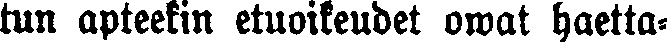
tun apteekin etuoikeudet owat haetta-